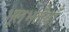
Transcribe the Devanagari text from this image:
भूलभलैयाँ